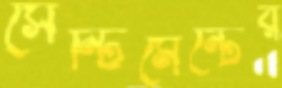
সেন্টিমেন্টের